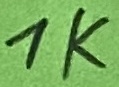
Text: 1K